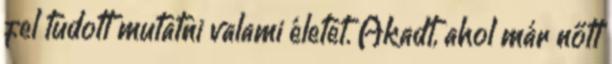
fel tudott mutatni valami életet. Akadt, ahol már nőtt